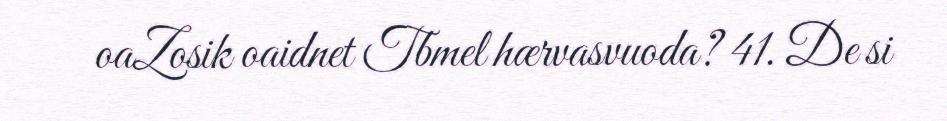
oaZosik oaidnet Tbmel hærvasvuoda? 41. De si